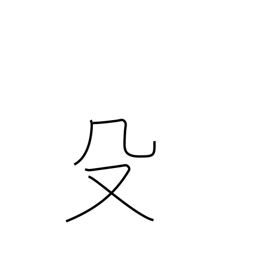
Meaning: pike